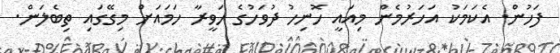
ފަހުން. އެކަމަކު އަހަރުމެން މިއައީ ހޮނިހު ދުވަހުގެ ހަވީރާ ހަމައަށް މިގޭގައި ތިބެލަން.